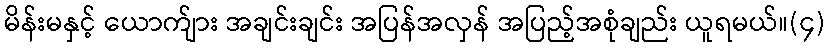
မိန်းမနှင့် ယောက်ျား အချင်းချင်း အပြန်အလှန် အပြည့်အစုံချည်း ယူရမယ်။(၄)